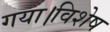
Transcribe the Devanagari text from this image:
गया।विशेष